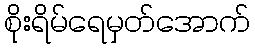
စိုးရိမ်ရေမှတ်အောက်